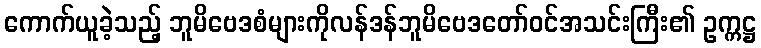
ကောက်ယူခဲ့သည့် ဘူမိဗေဒစံများကိုလန်ဒန်ဘူမိဗေဒတော်ဝင်အသင်းကြီး၏ ဥက္ကဋ္ဌ